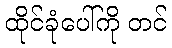
ထိုင်ခုံပေါ်ကို တင်